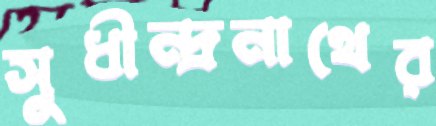
সুধীন্দ্রনাথের